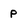
Character: p